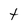
Character: t